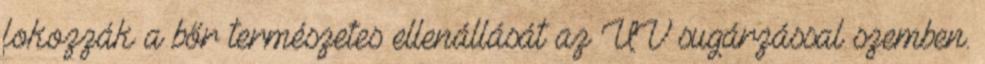
fokozzák a bőr természetes ellenállását az UV sugárzással szemben.